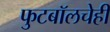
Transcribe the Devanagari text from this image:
फुटबॉलचेही